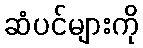
ဆံပင်များကို